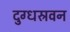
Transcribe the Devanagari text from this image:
दुग्धस्रवन